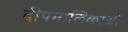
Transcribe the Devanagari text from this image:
दीपमालिकाओं